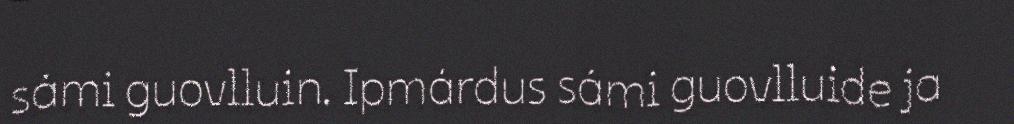
sámi guovlluin. Ipmárdus sámi guovlluide ja